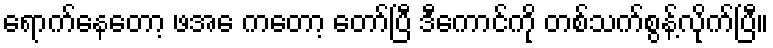
ရောက်နေတော့ ဖအေ ကတော့ တော်ပြီ ဒီကောင်ကို တစ်သက်စွန့်လိုက်ပြီ။